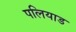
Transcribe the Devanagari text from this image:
पलियाड